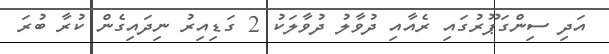
އަދި ސިންގަޕޫރުގައި ރެއާއި ދުވާލު ދުވާލަކު 2 ގަޑިއިރު ނިދައިގެން ކުރާ ބުރަ